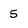
Character: 5